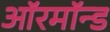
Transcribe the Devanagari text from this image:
ऑरमॉन्ड